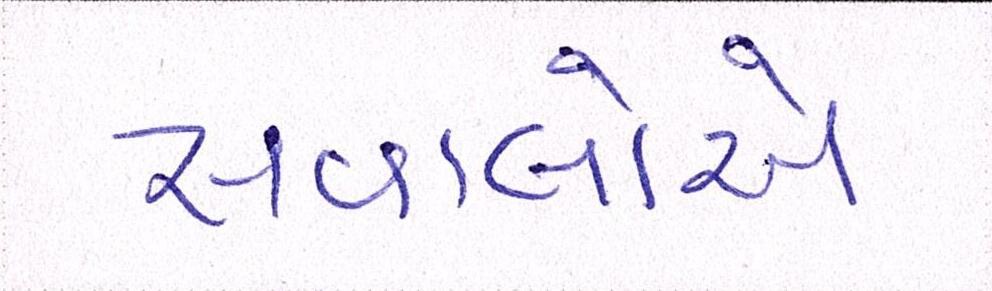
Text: સવાલોએ